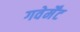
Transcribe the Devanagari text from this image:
गवेर्मेंट